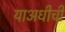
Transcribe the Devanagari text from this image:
याअधीची